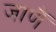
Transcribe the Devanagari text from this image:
जाणैं